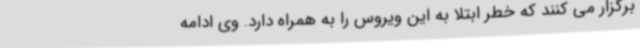
برگزار می کنند که خطر ابتلا به این ویروس را به همراه دارد. وی ادامه